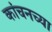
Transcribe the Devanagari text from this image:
कांचनच्या